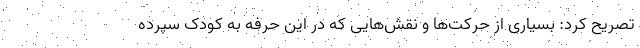
تصریح کرد: بسیاری از حرکت‌ها و نقش‌هایی که در این حرفه به کودک سپرده